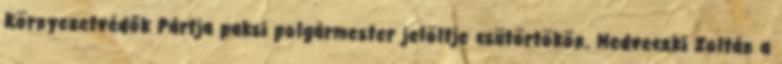
Környezetvédők Pártja paksi polgármester jelöltje csütörtökön. Medveczki Zoltán a